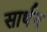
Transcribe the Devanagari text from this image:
सार्थन